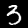
Label: 3